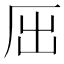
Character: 𠩉